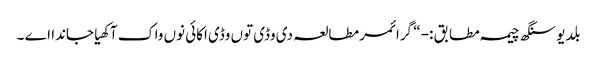
بلدیو سنگھ چیمہ مطابق :- “ گرائمر مطالعہ دی وڈی توں وڈی اکائی نوں واک آکھیا جاندا اے ۔